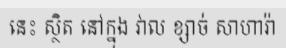
នេះ ស្ថិត នៅក្នុង វាល ខ្សាច់ សាហារ៉ា